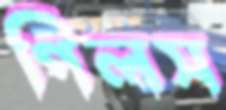
গিলস